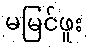
မမြင်ဖူး